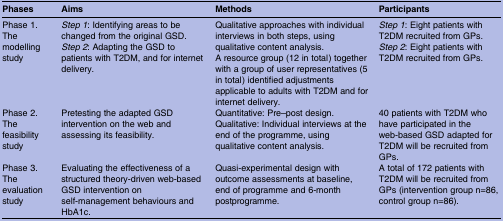
| Phases | Aims | Methods | Participants |
 | --- | --- | --- | --- |
 | Phase 1.The modelling study | Step 1: Identifying areas to be changed from the original GSD.Step 2: Adapting the GSD to patients with T2DM, and for internet delivery. | Qualitative approaches with individual interviews in both steps, using qualitative content analysis.A resource group (12 in total) together with a group of user representatives (5 in total) identified adjustments applicable to adults with T2DM and for internet delivery. | Step 1: Eight patients with T2DM recruited from GPs.Step 2: Eight patients with T2DM recruited from GPs. |
 | Phase 2.The feasibility study | Pretesting the adapted GSD intervention on the web and assessing its feasibility. | Quantitative: Pre–post design.Qualitative: Individual interviews at the end of the programme, using qualitative content analysis. | 40 patients with T2DM who have participated in the web-based GSD adapted for T2DM will be recruited from GPs. |
 | Phase 3.The evaluation study | Evaluating the effectiveness of a structured theory-driven web-based GSD intervention on self-management behaviours and HbA1c. | Quasi-experimental design with outcome assessments at baseline, end of programme and 6-month postprogramme. | A total of 172 patients with T2DM will be recruited from GPs (intervention group n=86, control group n=86). |